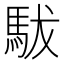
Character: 䮂